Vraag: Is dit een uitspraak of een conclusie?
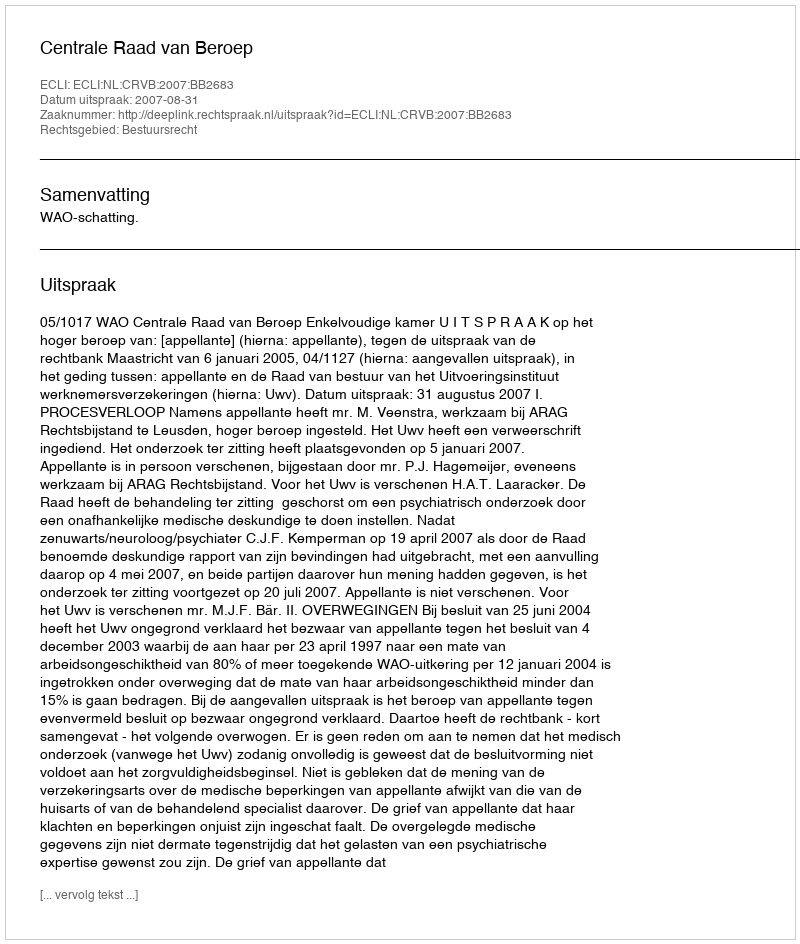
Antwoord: Uitspraak